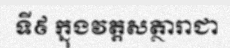
ទី៩ ក្នុងវត្តសត្ថារាជា